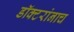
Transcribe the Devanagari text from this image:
डॉक्टरांनाच